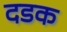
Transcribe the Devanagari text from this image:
दडक